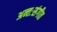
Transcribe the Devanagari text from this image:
अन्तःसंगीत